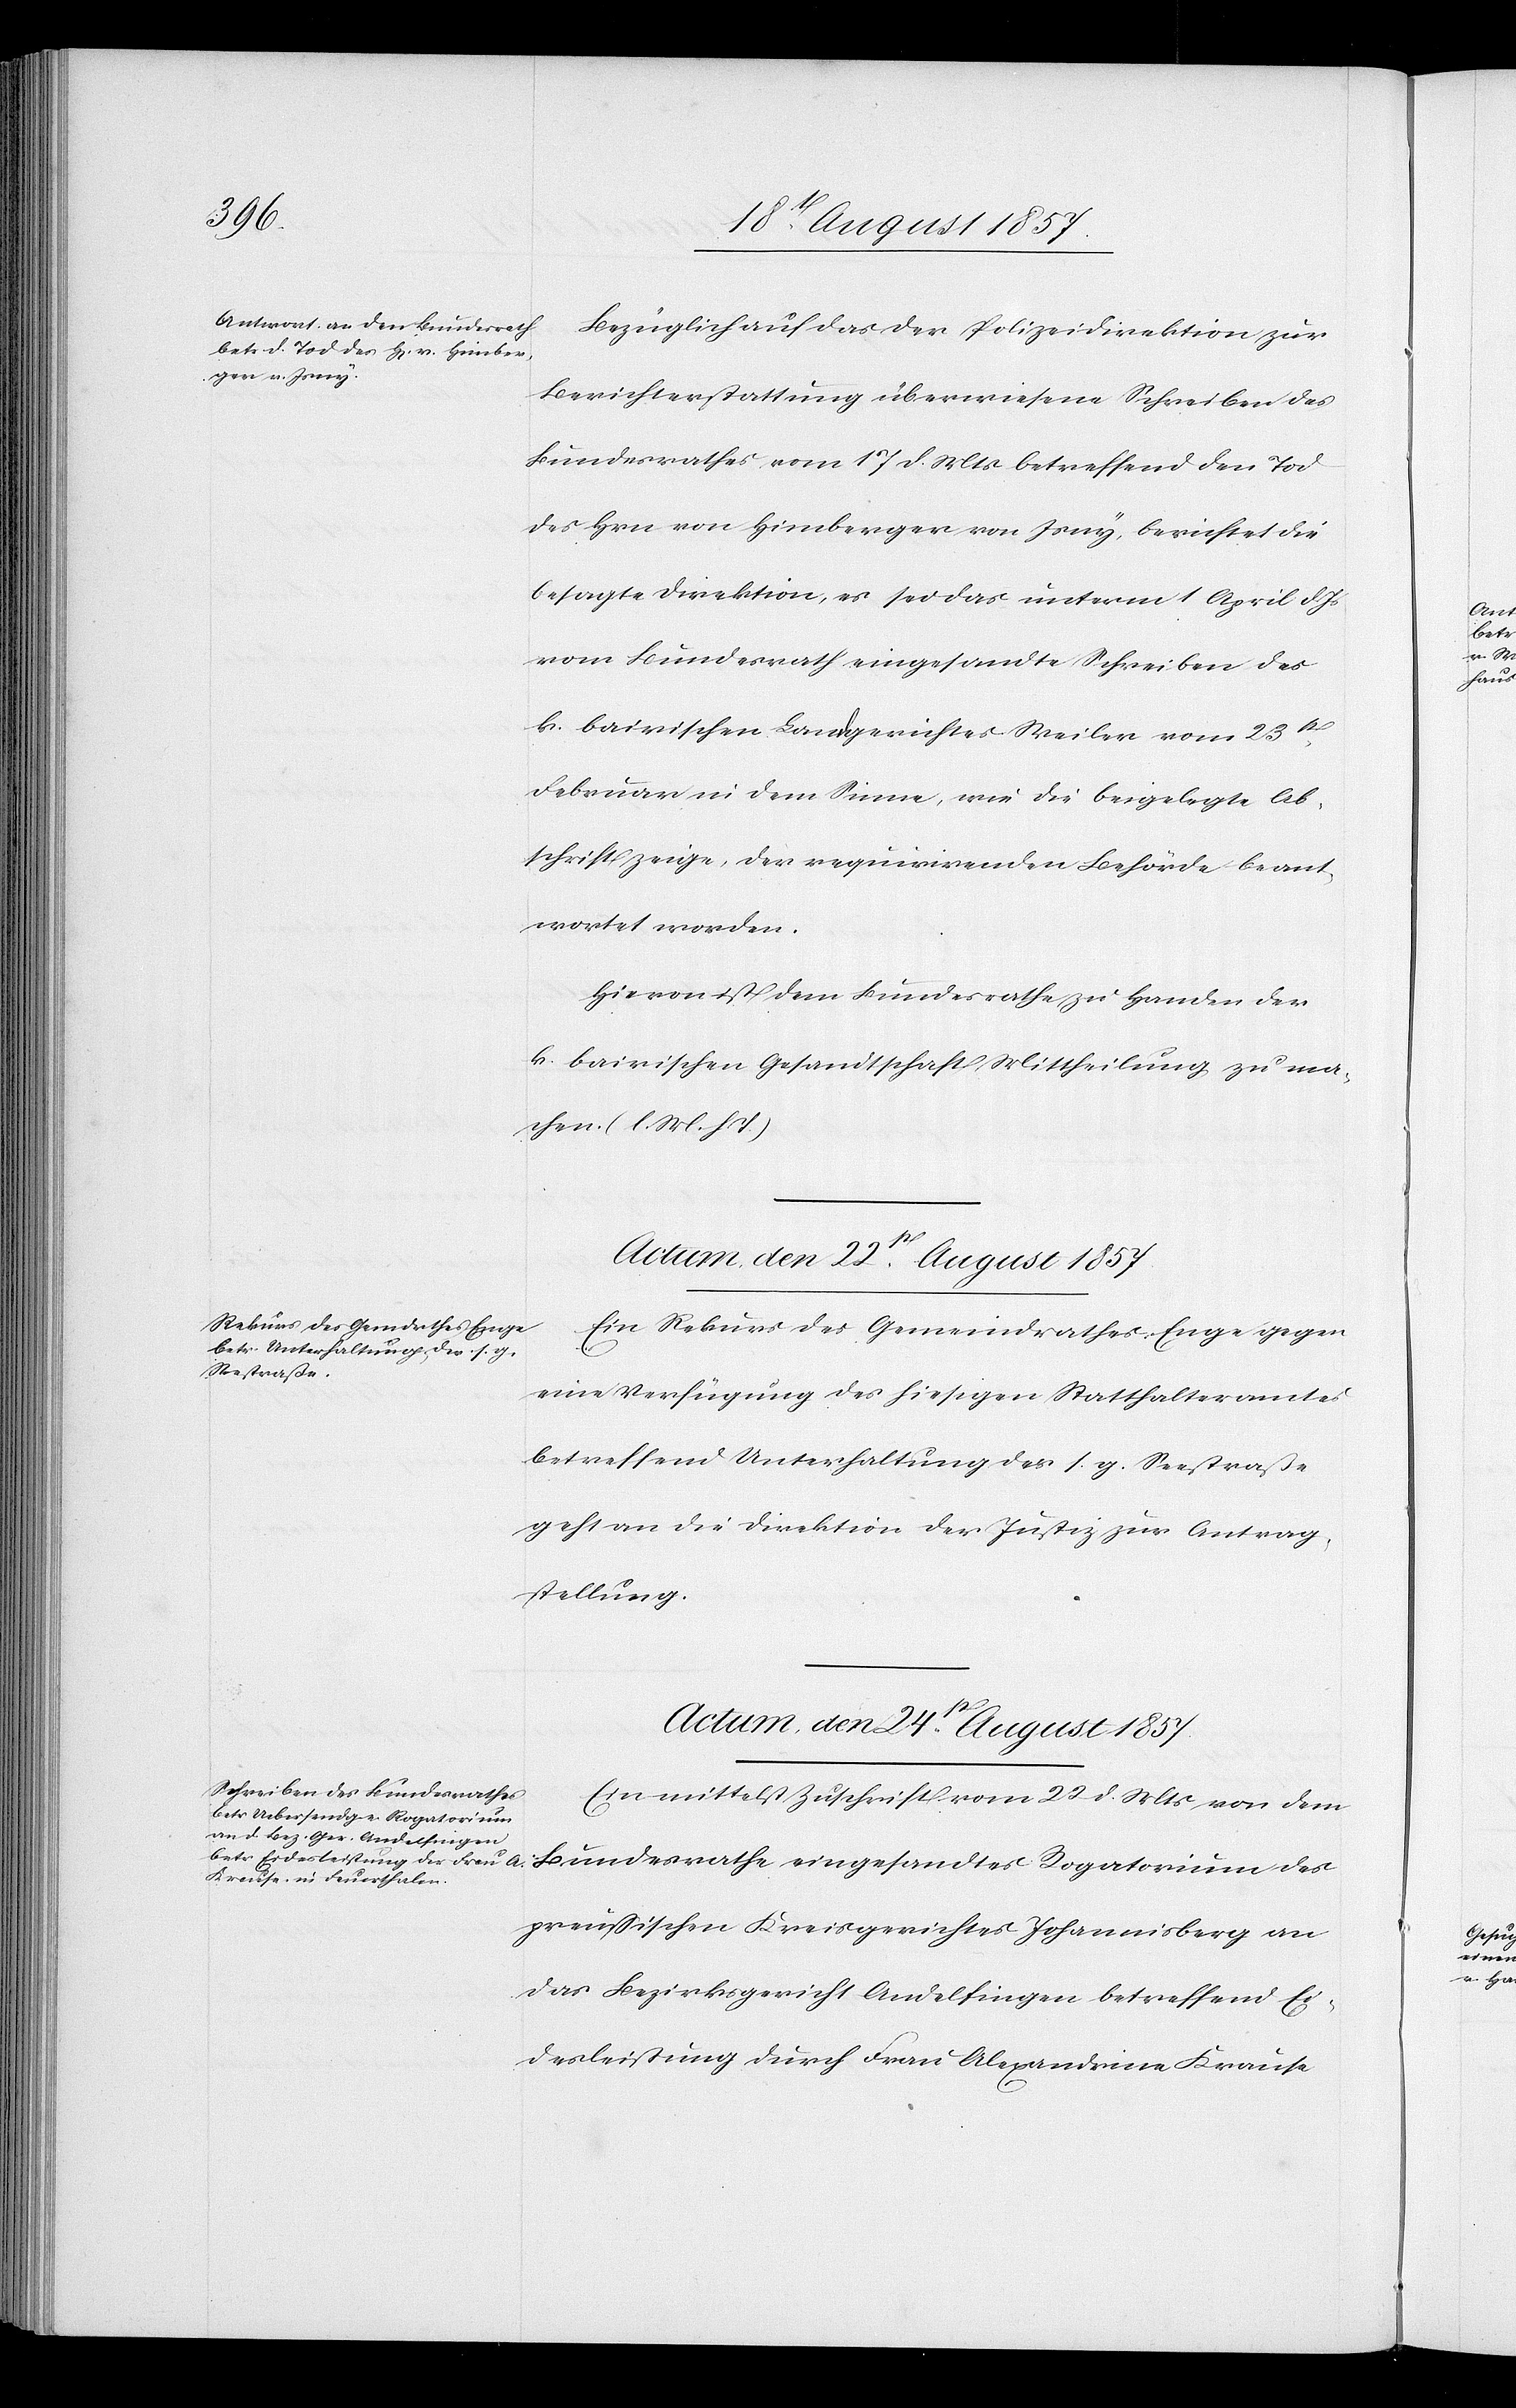
Bezüglich auf das der Polizeidirektion zur
Berichterstattung überwiesene Schreiben des
Bundesrathes vom 17 d. Mts. betreffend den Tod
des Hrn. von Himberger von Jony, berichtet die
besagte Direktion, es sei das unterm 1 April d. Js.
vom Bundesrath eingesandte Schreiben des
k. bairischen Landgerichtes Meilen vom 23t
Februar in dem Sinne, wie die beigelegte Ab¬
schrift zeige, der requirirenden Behörde beant¬
wortet worden.
Hievon ist dem Bundesrathe zu Handen der
k. bairischen Gesandtschaft Mittheilung zu ma¬
chen. [l. M. h.
Ein Rekurs des Gemeindrathes Enge gegen
eine Verfügung des hiesigen Statthalteramtes
betreffend Unterhaltung des s. g. Seestraße
geht an die Direktion der Justiz zur Antrag¬
stellung.
Actum, den 24t August 1857.
Ein mittelst Zuschrift vom 22 d. Mts. von dem
[Praesidial-Verfügungen.
Bundesrathe eingesandtes Rogatorium des
preußischen Kreisgerichtes Johannisberg an
das Bezirksgericht Andelfingen betreffend Ei¬
desleistung durch Frau Alexandrina Krause